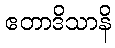
ဧတာဒိသာနိ